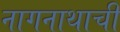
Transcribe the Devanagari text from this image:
नागनाथाची